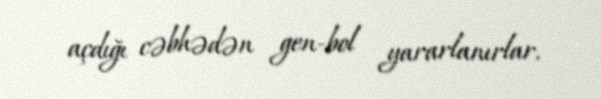
açdığı cəbhədən gen-bol yararlanırlar.